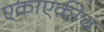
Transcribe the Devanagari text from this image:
एकाएकीच